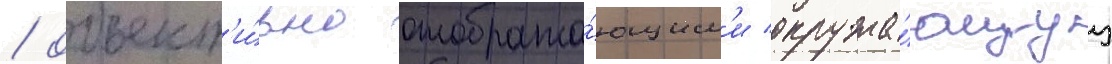
/ объект'и́вно отобража́ющим'и окружа́ющуу